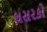
ઘસરકો